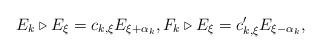
LaTeX: \begin{align*}E_{k} \triangleright E_\xi = c_{k, \xi} E_{\xi + \alpha_k}, F_{k} \triangleright E_\xi = c^\prime_{k, \xi} E_{\xi - \alpha_k},\end{align*}